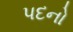
પદનો